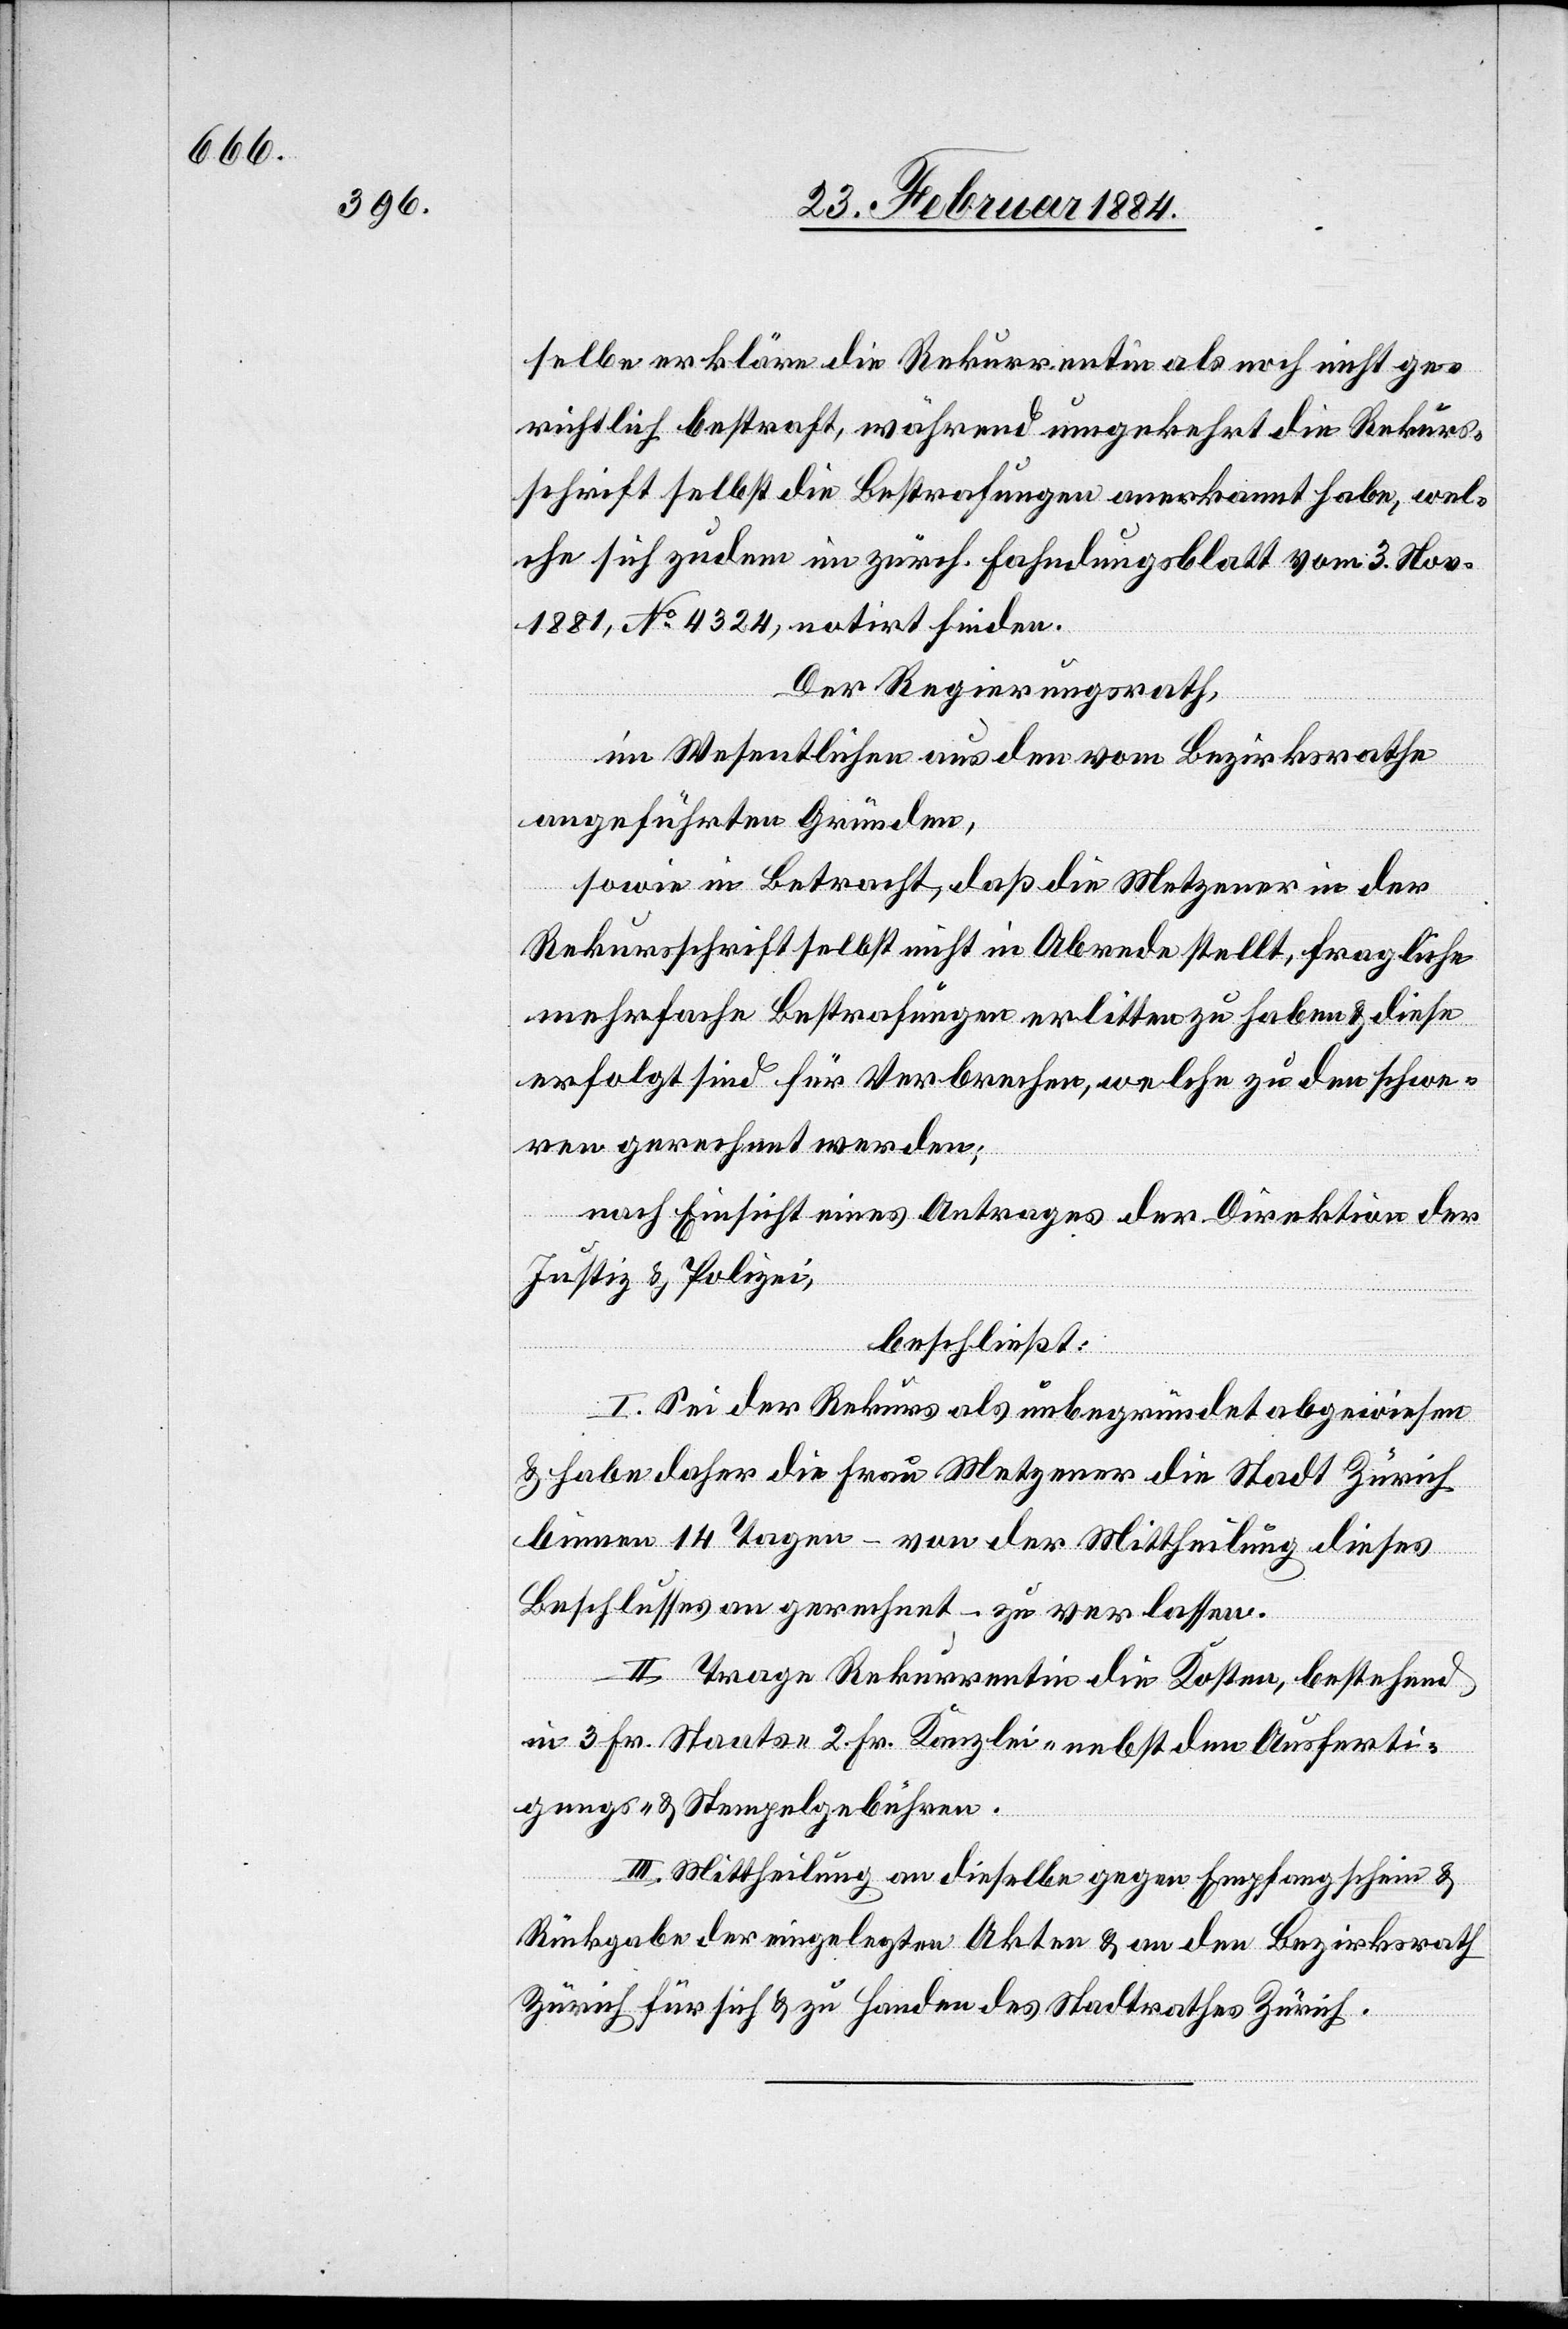
selbe erkläre die Rekurrentin als noch nicht ge¬
richtlich bestraft, während umgekehrt die Rekurs¬
schrift selbst die Bestrafungen anerkannt habe, wel¬
che sich zudem im zürch. Fahndungsblatt vom 3. Nov.
1881, No 4324, notirt finden.
Der Regierungsrath,
im Wesentlichen aus den vom Bezirksrathe
angeführten Gründen,
sowie in Betracht, daß die Metzener in der
Rekursschrift selbst nicht in Abrede stellt, fragliche
mehrfache Bestrafungen erlitten zu haben & diese
erfolgt sind für Verbrechen, welche zu den schwe¬
ren gerechnet werden;
nach Einsicht eines Antrages der Direktion der
Justiz & Polizei,
beschließt:
I. Sei der Rekurs als unbegründet abgewiesen
& habe daher die Frau Metzener die Stadt Zürich
binnen 14 Tagen – von der Mittheilung dieses
Beschlusses an gerechnet – zu verlassen.
II. Trage Rekurrentin die Kosten, bestehend
in 3 Fr. Staats- 2 Fr. Kanzlei- nebst den Ausferti¬
gungs- & Stempelgebühren.
III. Mittheilung an dieselbe gegen Empfangschein &
Rückgabe der eingelegen Akten & an den Bezirksrath
Zürich für sich & zu Handen des Stadtrathes Zürich.